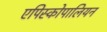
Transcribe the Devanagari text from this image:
एपिस्कोपालियन